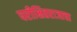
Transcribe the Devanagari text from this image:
परीक्षितराजाचा